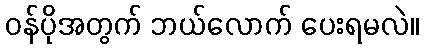
ဝန်ပိုအတွက် ဘယ်လောက် ပေးရမလဲ။